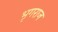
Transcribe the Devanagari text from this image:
भृगराज